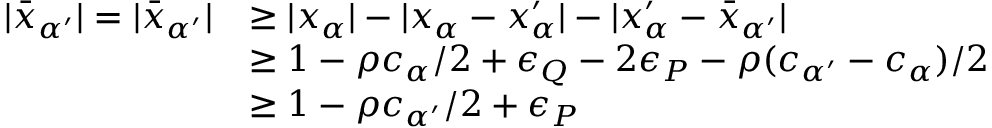
\begin{array} { r l } { | \bar { x } _ { \alpha ^ { \prime } } | = | \bar { x } _ { \alpha ^ { \prime } } | } & { \geq | x _ { \alpha } | - | x _ { \alpha } - x _ { \alpha } ^ { \prime } | - | x _ { \alpha } ^ { \prime } - \bar { x } _ { \alpha ^ { \prime } } | } \\ & { \geq 1 - \rho c _ { \alpha } / 2 + \epsilon _ { Q } - 2 \epsilon _ { P } - \rho ( c _ { \alpha ^ { \prime } } - c _ { \alpha } ) / 2 } \\ & { \geq 1 - \rho c _ { \alpha ^ { \prime } } / 2 + \epsilon _ { P } } \end{array}